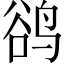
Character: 鹆